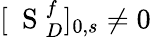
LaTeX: [\mathrm{~\mathbf~S~}_{D}^{f}]_{0,s}\neq 0